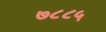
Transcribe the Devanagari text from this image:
७८८५